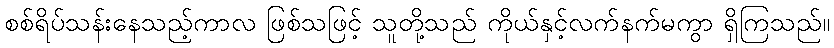
စစ်ရိပ်သန်းနေသည့်ကာလ ဖြစ်သဖြင့် သူတို့သည် ကိုယ်နှင့်လက်နက်မကွာ ရှိကြသည်။